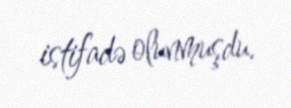
istifadə olunmuşdu.